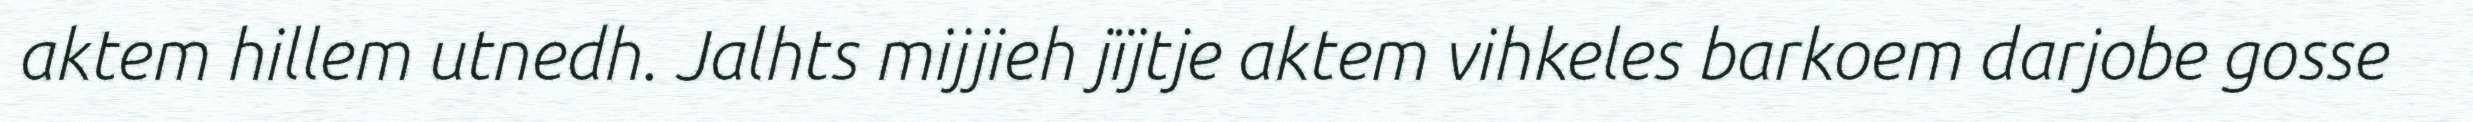
aktem hillem utnedh. Jalhts mijjieh jïjtje aktem vihkeles barkoem darjobe gosse